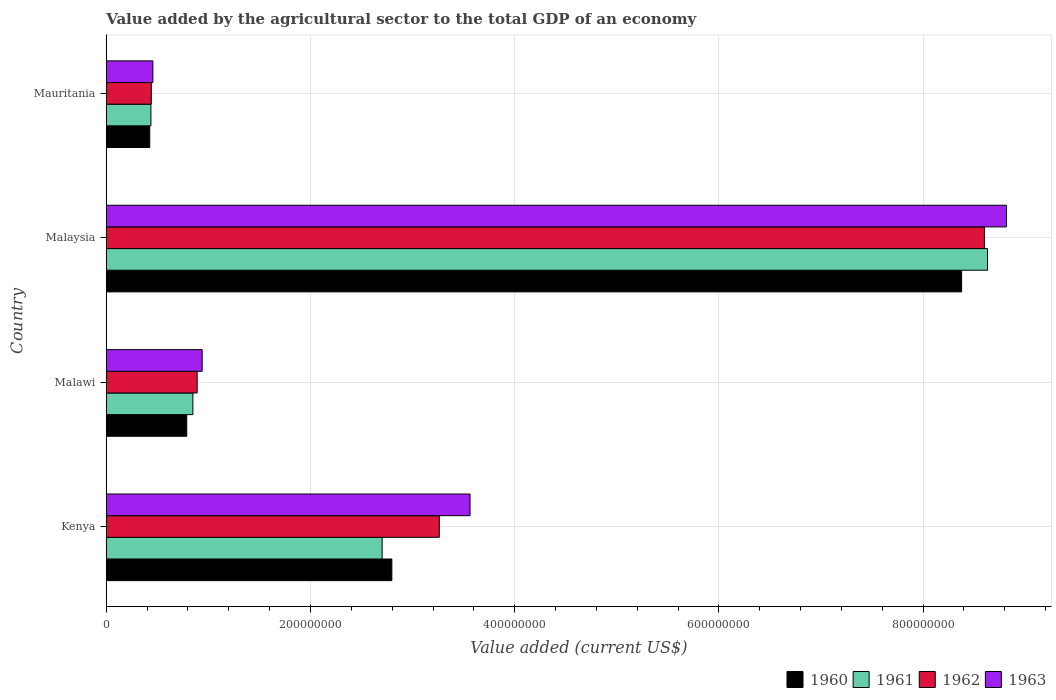
| Country | 1960 | 1961 | 1962 | 1963 |
 | --- | --- | --- | --- | --- |
 | Kenya | 2.8e+08 | 2.7e+08 | 3.26e+08 | 3.56e+08 |
 | Malawi | 7.88e+07 | 8.48e+07 | 8.9e+07 | 9.39e+07 |
 | Malaysia | 8.38e+08 | 8.63e+08 | 8.6e+08 | 8.82e+08 |
 | Mauritania | 4.26e+07 | 4.37e+07 | 4.41e+07 | 4.57e+07 |